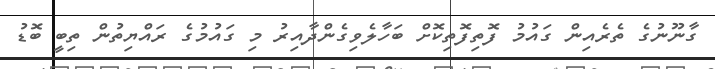
ގާނޫނުގެ ތެރެއިން ގައުމު ފޮތިފޮތިކޮށް ބަހާލެވިގެންދާއިރު މި ގައުމުގެ ރައްޔިތުން ތިބީ ބޮޑު